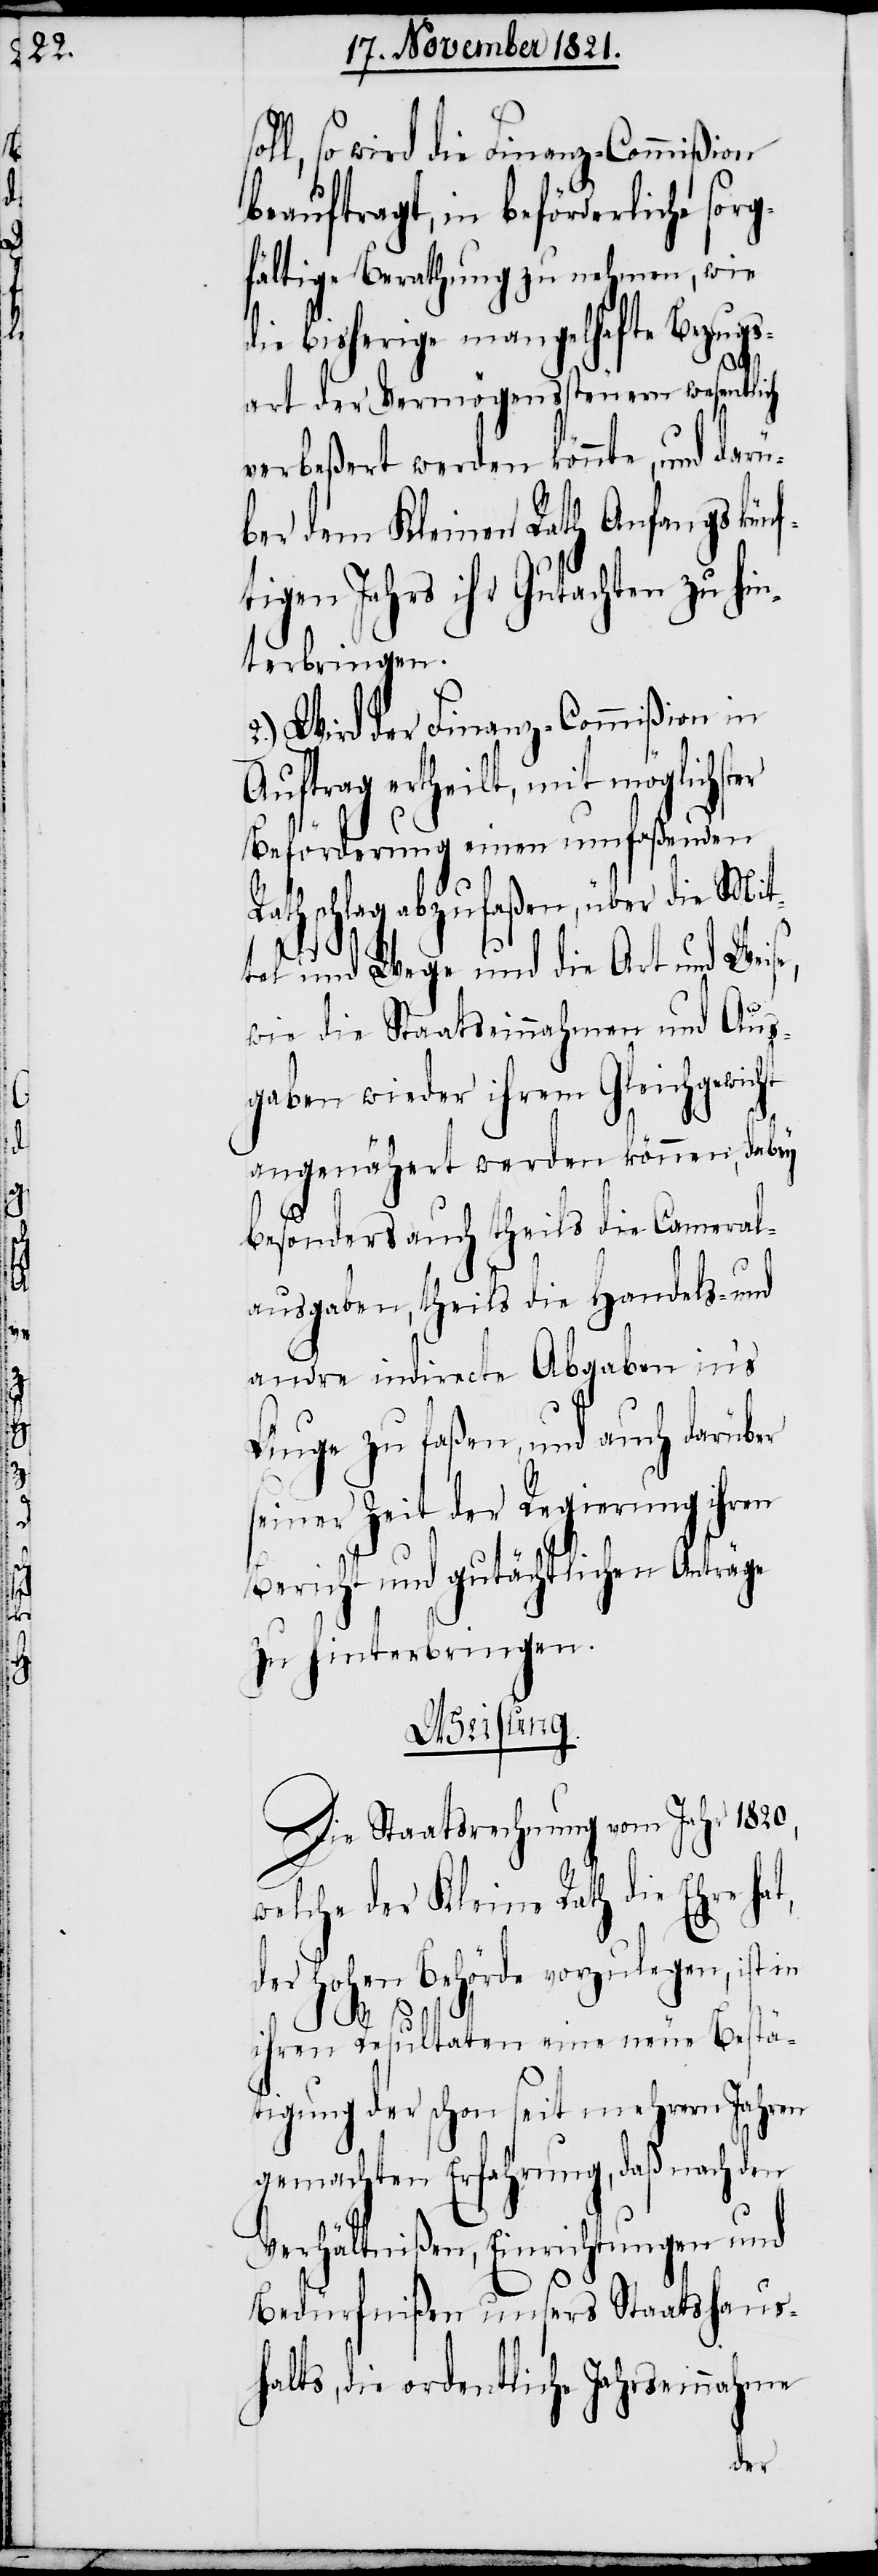
s¬

ge

t,

oll, so wird die Finanz-Commißion
beauftragt, in beförderliche sorg¬
fältige Berathung zu nehmen, wie
die bisherige mangelhafte Bezugs¬
art der Vermögenssteuern wesentlich
verbeßert werden könnte, und darü¬
ber dem Kleinen Rath Anfangs künf¬
tigen Jahrs ihr Gutachten zu hin¬
terbringen.
2.) Wird der Finanz-Commißion in
Auftrag ertheilt, mit möglichster
Beförderung einen umfaßenden
Rathschlag abzufaßen, über die Mit¬
tel und Wege und die Art und Weise,
wie die Staatseinnahmen und Aus¬
gaben wieder ihrem Gleichgewicht
angenähert werden können, dabey
besonders auch theils die Cameral¬
ausgaben, theils die Handels- und
andre indirecte Abgaben in’s
Auge zu faßen, und auch darüb¬
seiner Zeit der Regierung ihren
Bericht und gutächtlichen Anträ¬
zu hinterbringen.
Weisung.
Die Staatsrechnung vom Jahr 1820,
welche der Kleine Rath die Ehre ha¬
der Hohen Behörde vorzulegen, ist in
ihren Resultaten eine neue Bestä¬
tigung der schon seit mehrern Jahren
gemachten Erfahrung, daß nach den
Verhältnißen, Einrichtungen und
Bedürfnißen unsers Staatshaus¬
halts, die ordentliche Jahrseinnahme